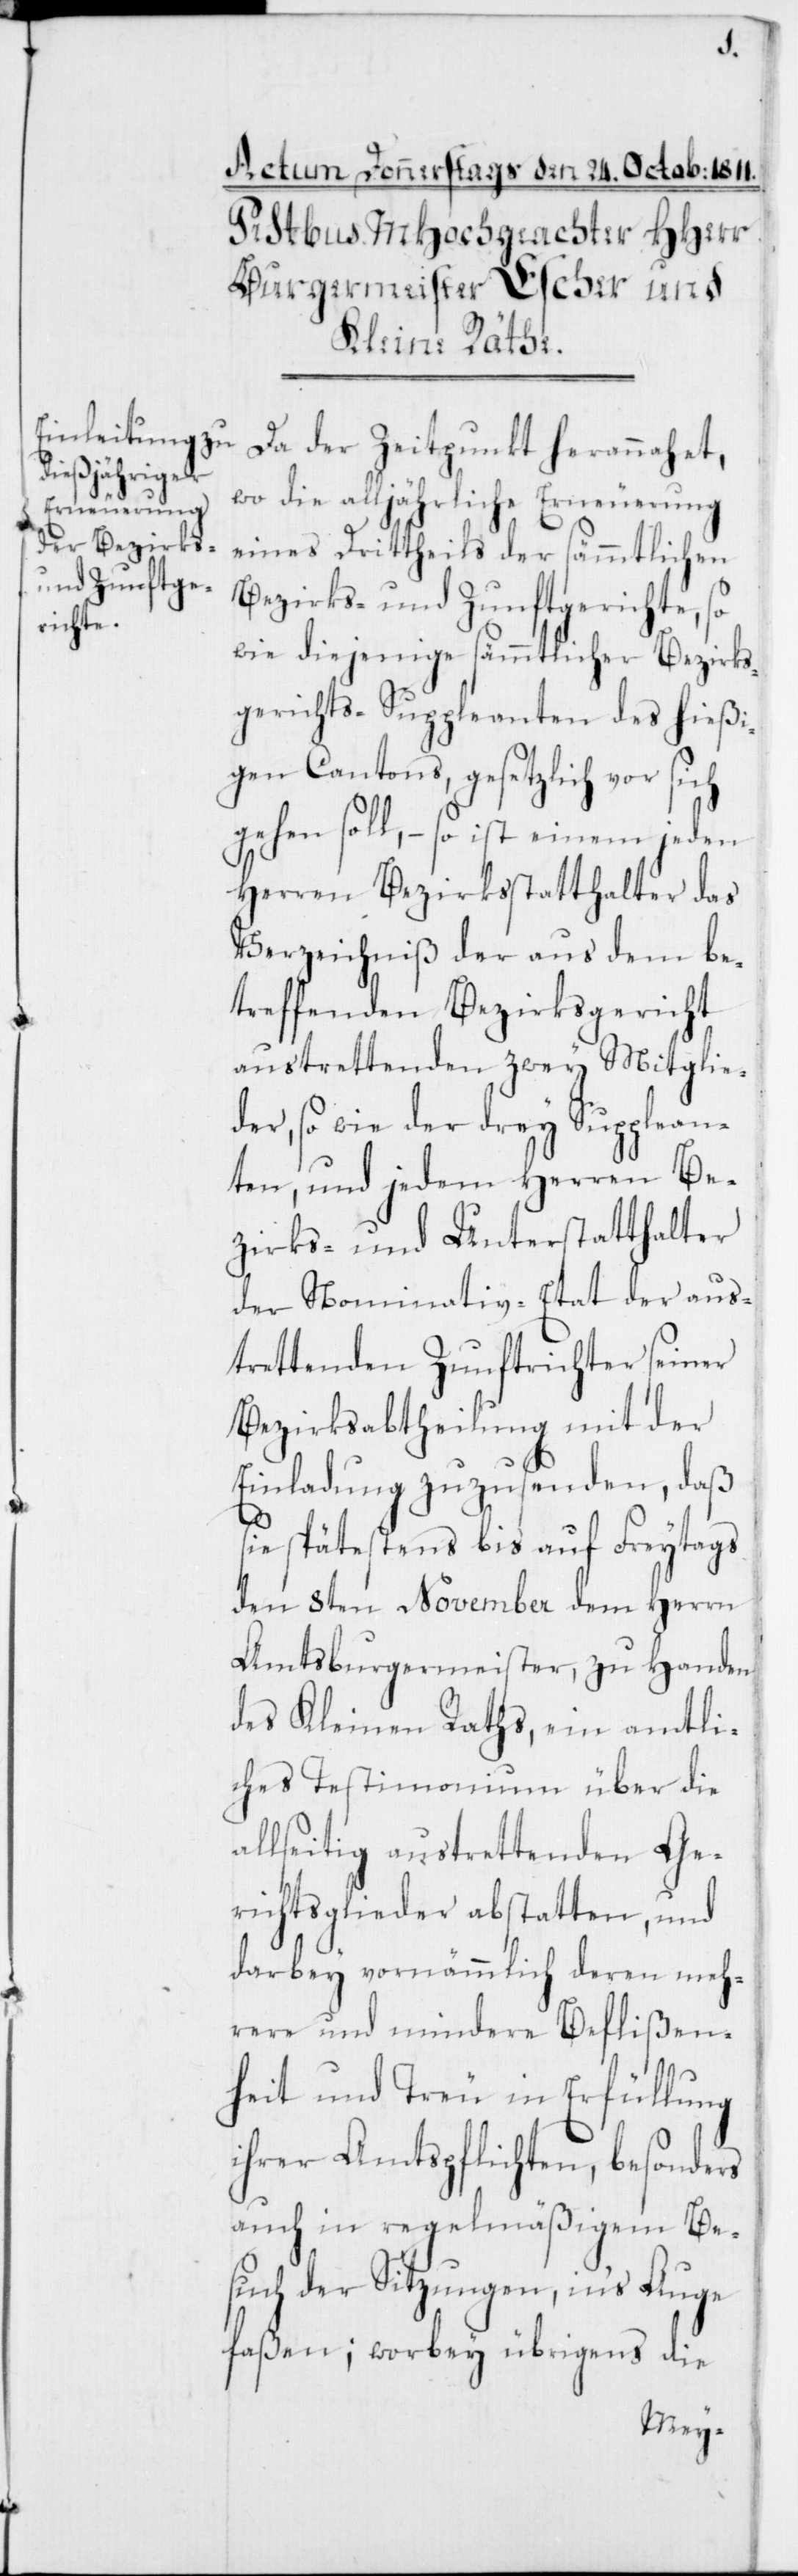
Da der Zeitpunkt herannahet,
wo die alljährliche Erneuerung
eines Drittheils der sämmtlichen
Bezirks- und Zunftgerichte, so
wie diejenige sämmtlicher Bezirks¬
gerichts-Suppleanten des hießi¬
gen Cantons, gesetzlich vor sich
gehen soll, – so ist einem jeden
Herren Bezirksstatthalter das
Verzeichniß der aus dem be¬
treffenden Bezirksgericht
austrettenden zwey Mitglie¬
der, so wie der drey Supplean¬
ten, und jedem Herren Be¬
zirks- und Unterstatthalter
der Nominativ-Etat der aus¬
trettenden Zunftrichter seiner
Bezirksabtheilung mit der
Einladung zuzusenden, daß
sie spätestens bis auf Freytags
den 8ten November dem Herrn
Amtsburgermeister, zu Handen
des Kleinen Raths, ein amtli¬
ches Testimonium über die
allseitig austrettenden Ge¬
richtsglieder abstatten, und
darbey vornämmlich deren meh¬
rere und mindere Beflißen¬
heit und Treu in Erfüllung
ihrer Amtspflichten, besonders
auch in regelmäßigem Be¬
such der Sitzungen, in‘s Auge
faßen; worbey übrigens die